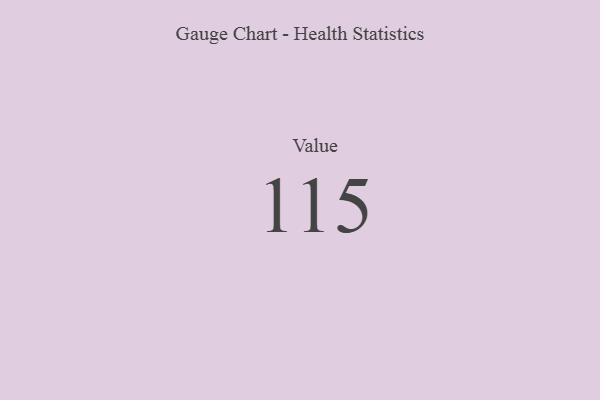
{"axis": {"x": "Metric", "y": "Value"}, "legend": [""], "data": [{"x": "Value", "y": 115, "type": ""}]}